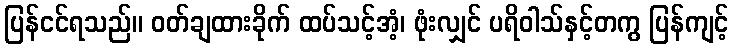
ပြန်ငင်ရသည်။ ဝတ်ချထားခိုက် ထပ်သင့်အံ့၊ ဖုံးလျှင် ပရိဝါသ်နှင့်တကွ ပြန်ကျင့်